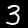
Digit: 3